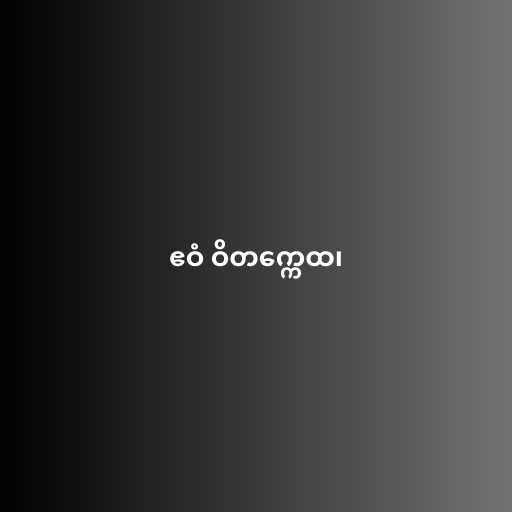
ဧဝံ ဝိတက္ကေထ၊